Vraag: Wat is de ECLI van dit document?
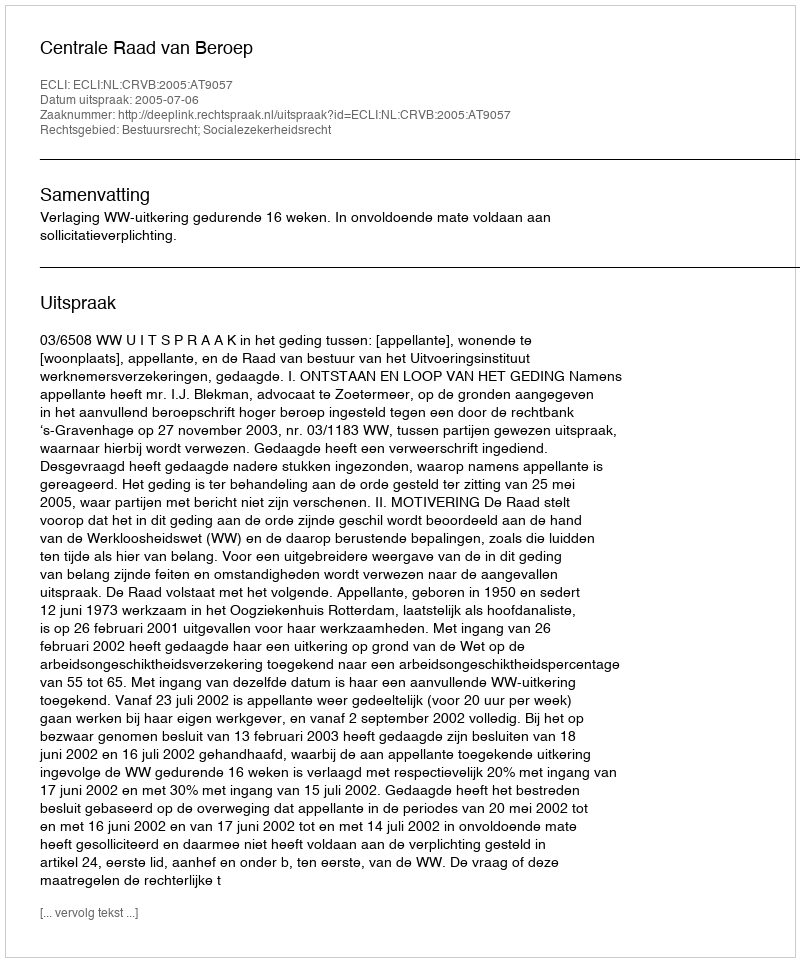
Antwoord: ECLI:NL:CRVB:2005:AT9057